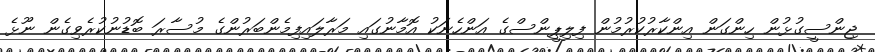
ޖިންސީގުޅުން ހިންގަން އިންކާރުކުރުމުން ފިލިޕީންސްގެ އަންހެނަކު އޮމާނުގައި މަރާލައިފިމެންބަރުންގެ މުސާރަ ބޮޑުނުކުރެވިގެން ނޫޅެ